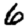
Digit: 6